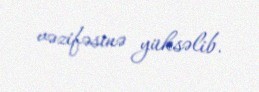
vəzifəsinə yüksəlib.